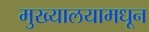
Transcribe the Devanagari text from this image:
मुख्यालयामधून